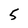
Character: 5